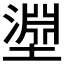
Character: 𭏰